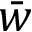
\bar { w }